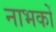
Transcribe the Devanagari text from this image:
नाभकों